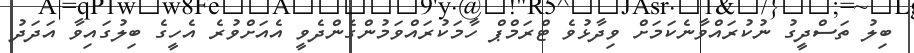
ބިލު ތަސްދީގު ނުކުރައްވާނެކަމަށް ވިދާޅުވެ ޓްރަމްޕް ހާމަކުރައްވަމުންގެންދެވީ އެއަށްވުރެ އެހީގެ ބިލުގައިވާ އަދަދު